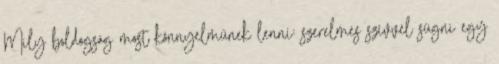
Mily boldogság most könnyelműnek lenni: szerelmes szívvel súgni egy